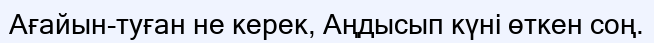
Ағайын-туған не керек, Аңдысып күні өткен соң.